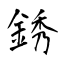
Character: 銹